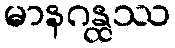
မာနဂန္ထဿ